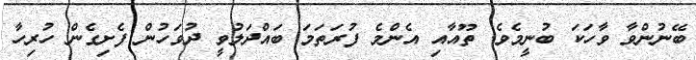
ބޭނުންވާ ވާހަކަ ބުނީމެވެ. ތޫއާއި އެންމެ ފުރަތަމަ ބައްދަލުވީ ދުވަހުން ފެށިގެން ހުރިހާ